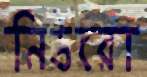
নিউরো